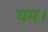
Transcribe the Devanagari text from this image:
यम।